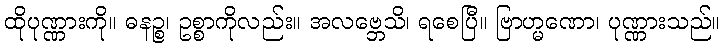
ထိုပုဏ္ဏားကို။ ဓနဉ္စ၊ ဥစ္စာကိုလည်း။ အလဗ္ဘေသိ၊ ရစေပြီ။ ဗြာဟ္မဏော၊ ပုဏ္ဏားသည်။